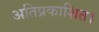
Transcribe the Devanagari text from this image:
अतिप्रकाशित।